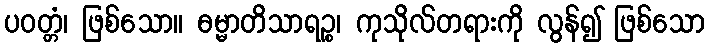
ပဝတ္တံ၊ ဖြစ်သော။ ဓမ္မာတိသာရဉ္စ၊ ကုသိုလ်တရားကို လွန်၍ ဖြစ်သော